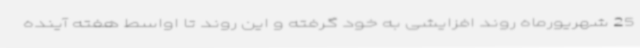
25 شهریورماه روند افزایشی به خود گرفته و این روند تا اواسط هفته آینده